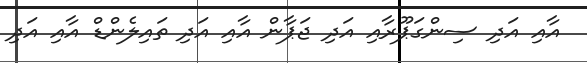
އާއި އަދި ސިންގަޕޫރާއި އަދި ޖަޕާން އާއި އަދި ތައިލެންޑް އާއި އަދި